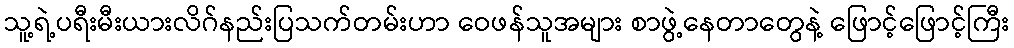
သူ့ရဲ့ပရီးမီးယားလိဂ်နည်းပြသက်တမ်းဟာ ဝေဖန်သူအများ စာဖွဲ့နေတာတွေနဲ့ ဖြောင့်ဖြောင့်ကြီး